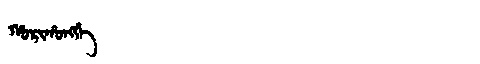
Manchu: ᡥᠣᡵᡳᡥᠣᠩᡤᡝ
Romanization: HORIHONGGE